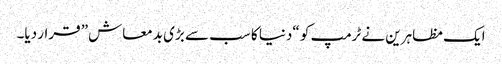
ایک مظاہرین نے ٹرمپ کو “دنیا کا سب سے بڑی بدمعاش” قرار دیا۔